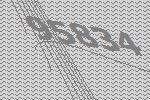
95834